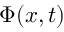
\Phi ( x , t )